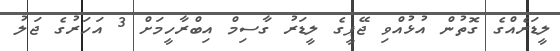
ލީޑަރެއްގެ ގޮތުން އުޅުއްވި ޖޭޕީގެ ލީޑަރު ގާސިމް އިބްރާހީމަށް 3 އަހަރުގެ ޖަލު